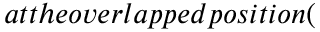
a t t h e o v e r l a p p e d p o s i t i o n (